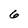
Character: 6